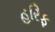
હરિફ